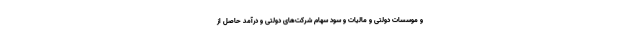
و موسسات دولتی و مالیات و سود سهام شرکت‌های دولتی و درآمد حاصل از